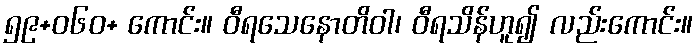
၅၉+ဝ၆၀+ ကောင်း။ ဝီရသေနောတိဝါ၊ ဝီရသိန်ဟူ၍ လည်းကောင်း။